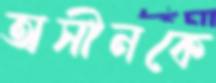
অসীনকে